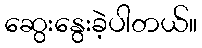
ဆွေးနွေးခဲ့ပါတယ်။